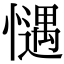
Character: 𢡎